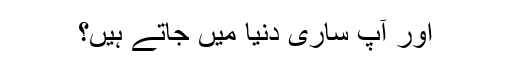
اور آپ ساری دنیا میں جاتے ہیں؟